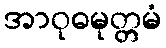
အာဝုဓမုတ္တမံ